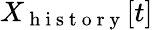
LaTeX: X_{\mathrm{~h~i~s~t~o~r~y~}}[t]